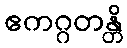
ဧကဂ္ဂတန္တိ